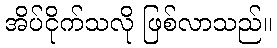
အိပ်ငိုက်သလို ဖြစ်လာသည်။